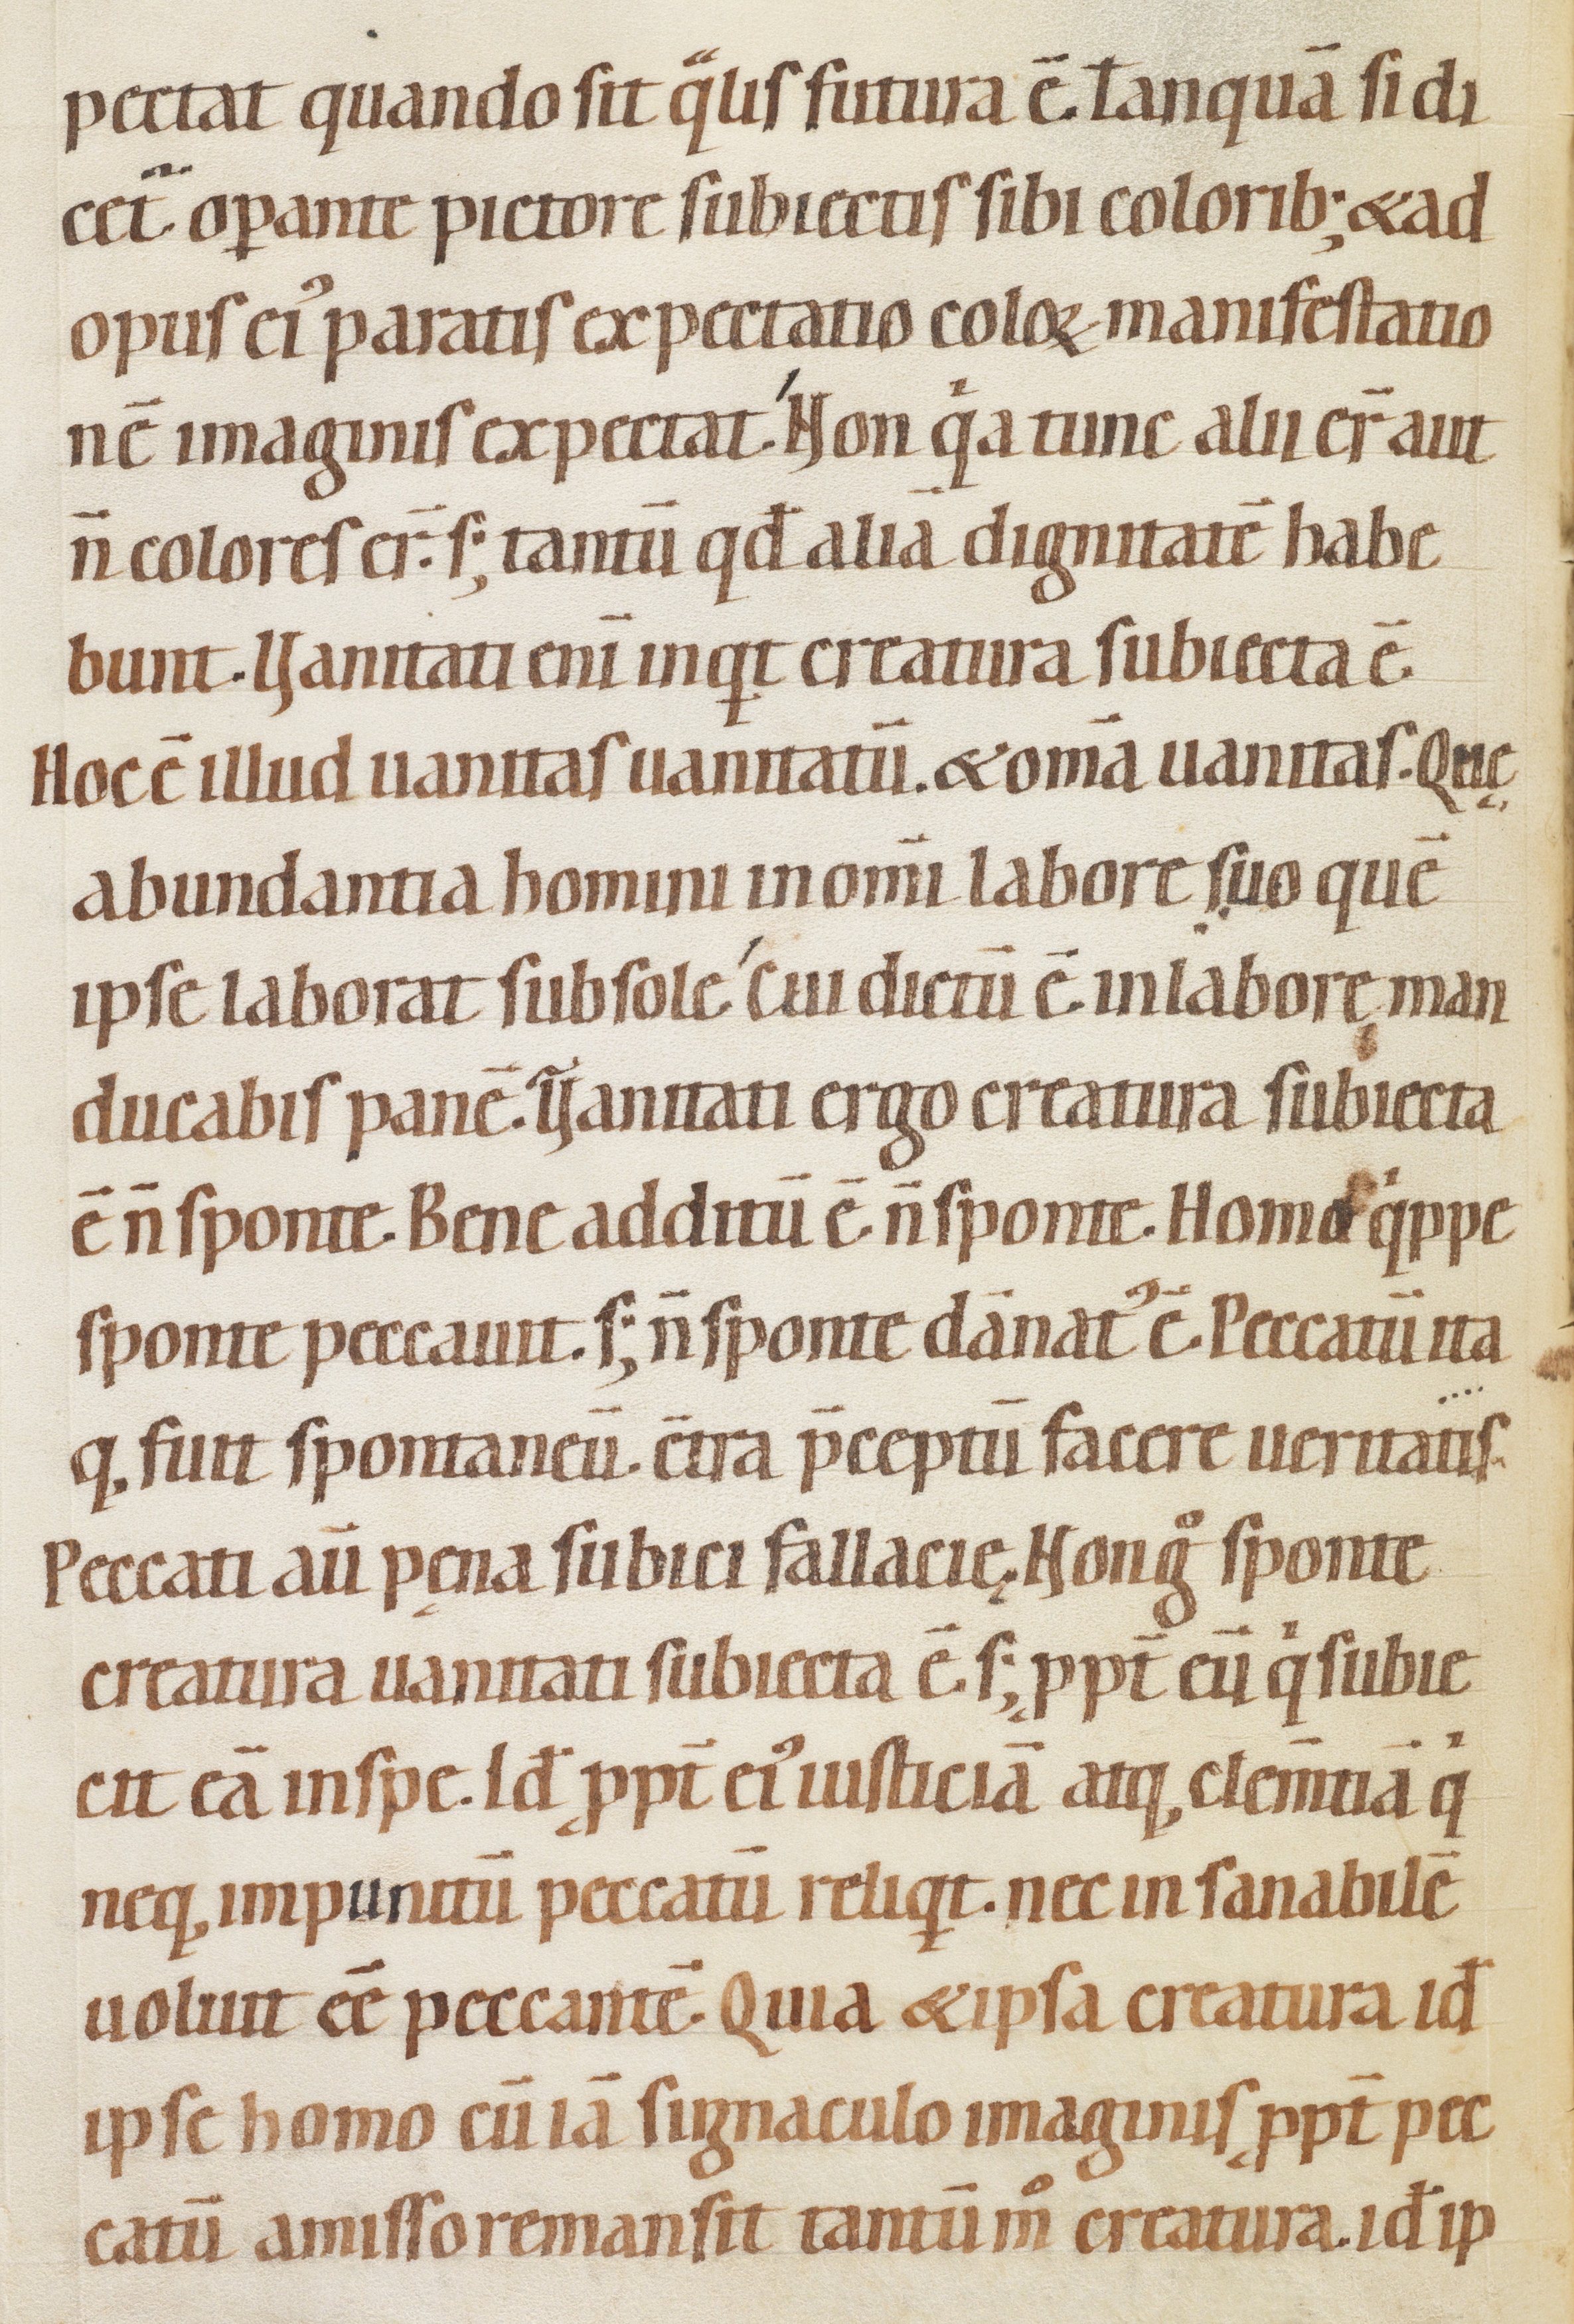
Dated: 1080–1096